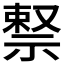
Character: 𬓊